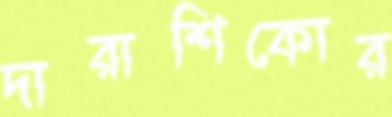
দারাশিকোর